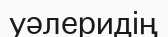
уәлеридің